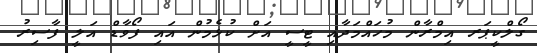
ގޯލްކީޕަރ އިމްރާން މުހައްމަދާއި ޓީސީ އަށް ކުޅެމުން އައި ފޯވާޑް އަލީ ފާސިރު